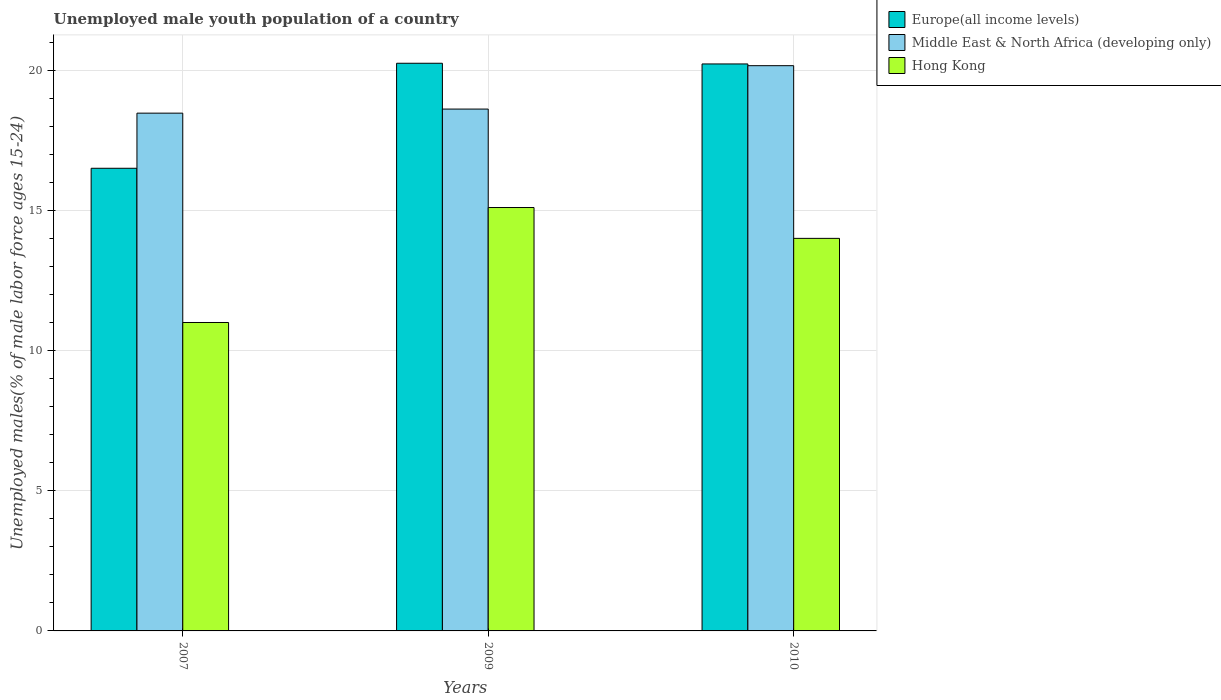
| Years | Europe(all income levels) | Middle East & North Africa (developing only) | Hong Kong |
 | --- | --- | --- | --- |
 | 2007 | 16.5 | 18.5 | 11 |
 | 2009 | 20.2 | 18.6 | 15.1 |
 | 2010 | 20.2 | 20.2 | 14 |